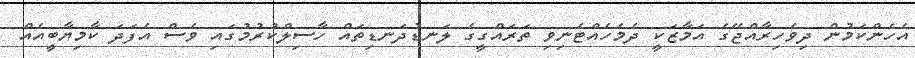
އެހެންކަމުން ދިވެހިރާއްޖޭގެ އަމާޒަކީ ދެމެހެއްޓެނިވި ތަރައްގީގެ ލަނޑުދަނޑިތައް ހާސިލްކުރުމުގައި ވެސް އެފަދަ ކާމިޔާބީއެއް